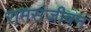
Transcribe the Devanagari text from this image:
रामसंजीवन